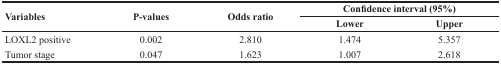
<table><thead><tr><td rowspan="2"><b>Variables</b></td><td rowspan="2"><b>P-values</b></td><td rowspan="2"><b>Odds ratio</b></td><td colspan="2"><b>Confidence interval (95%)</b></td></tr><tr><td><b>Lower</b></td><td><b>Upper</b></td></tr></thead><tbody><tr><td>LOXL2 positive</td><td>0.002</td><td>2.810</td><td>1.474</td><td>5.357</td></tr><tr><td>Tumor stage</td><td>0.047</td><td>1.623</td><td>1.007</td><td>2.618</td></tr></tbody></table>